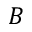
B